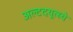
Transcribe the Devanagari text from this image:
अल्टदयूत्स्चे